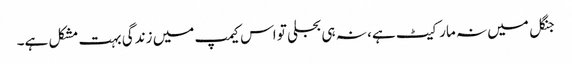
جنگل میں نہ مارکیٹ ہے، نہ ہی بجلی تو اس کیمپ میں زندگی بہت مشکل ہے۔